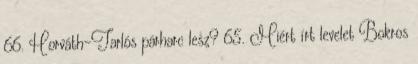
66. Horváth-Tarlós párharc lesz? 65. Miért írt levelet Bokros